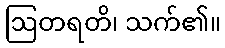
ဩတရတိ၊ သက်၏။